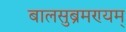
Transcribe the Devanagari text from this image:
बालसुब्रमण्यम्